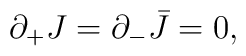
\partial_+J=\partial_-\bar J=0,